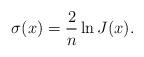
LaTeX: \begin{align*}\sigma (x)=\dfrac{2}{n}\ln J(x). \end{align*}